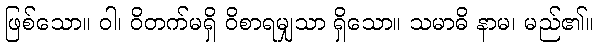
ဖြစ်သော။ ဝါ၊ ဝိတက်မရှိ ဝိစာရမျှသာ ရှိသော။ သမာဓိ နာမ၊ မည်၏။